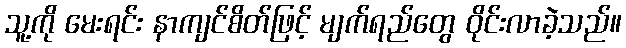
သူ့ကို မေးရင်း နာကျင်စိတ်ဖြင့် မျက်ရည်တွေ ဝိုင်းလာခဲ့သည်။